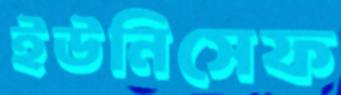
ইউনিসেফ